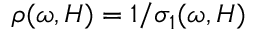
\rho ( \omega , H ) = 1 / \sigma _ { 1 } ( \omega , H )